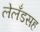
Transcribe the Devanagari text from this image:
लेलँडसह